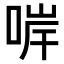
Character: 𠵚